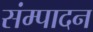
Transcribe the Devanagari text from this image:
संम्पादन